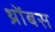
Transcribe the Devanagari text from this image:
थ्रोंबस